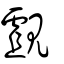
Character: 覰